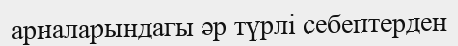
арналарындагы әр түрлі себептерден